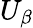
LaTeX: U_{\beta}